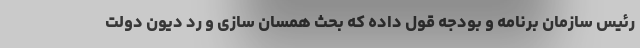
رئیس سازمان برنامه و بودجه قول داده که بحث همسان سازی و رد دیون دولت